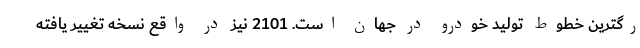
رگترین خطوط تولید خودرو در جهان است. 2101 نیز در واقع نسخه تغییر یافته